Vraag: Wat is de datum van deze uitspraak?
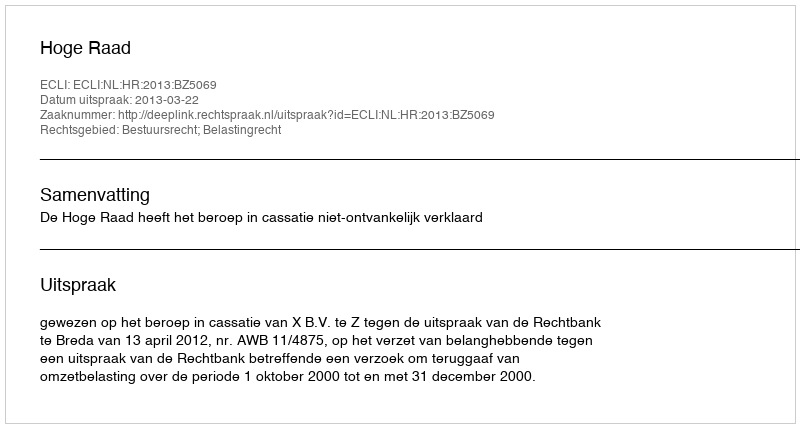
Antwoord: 2013-03-22